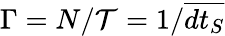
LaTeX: \Gamma=N/\mathcal{T}=1/\overline{{dt_{S}}}